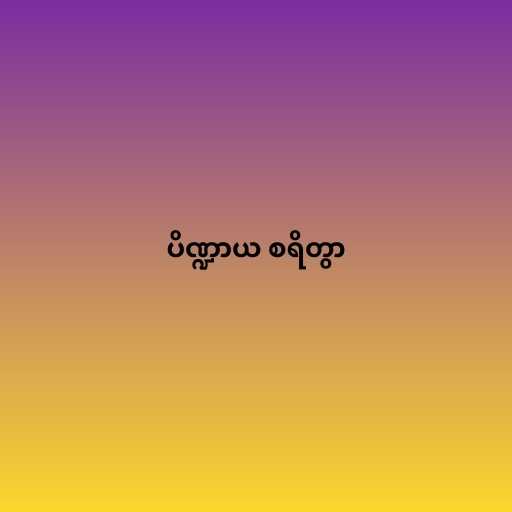
ပိဏ္ဍာယ စရိတွာ